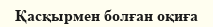
Қасқырмен болған оқиға